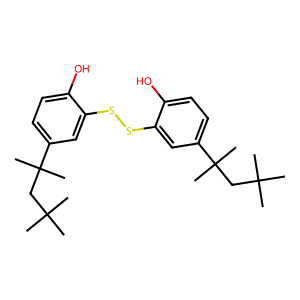
SMILES: CC(C)(C)CC(C)(C)c1ccc(O)c(SSc2cc(C(C)(C)CC(C)(C)C)ccc2O)c1
Inhibits HIV replication: No